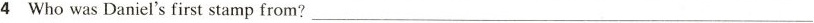
4 Who was Daniel's first stamp from? ___